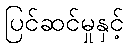
ပြင်ဆင်မှုနှင့်